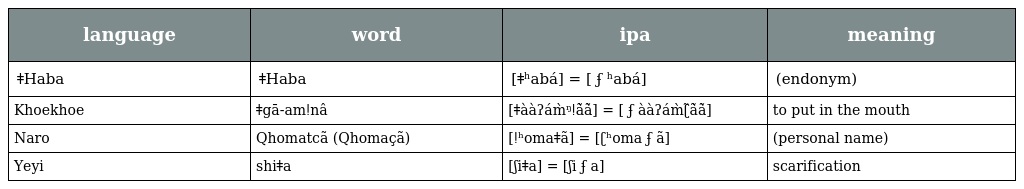
| language | word | ipa | meaning |
 | --- | --- | --- | --- |
 | ǂHaba | ǂHaba | [ǂʰabá] = [ ʄ ʰabá] | (endonym) |
 | Khoekhoe | ǂgā-amǃnâ | [ǂààʔám̀ᵑǃã̀ã̀] = [ ʄ ààʔám̀ʗ̃ã̀ã̀] | to put in the mouth |
 | Naro | Qhomatcã (Qhomaçã) | [ǃʰomaǂã] = [ʗʰoma ʄ ã] | (personal name) |
 | Yeyi | shiǂa | [ʃiǂa] = [ʃi ʄ a] | scarification |